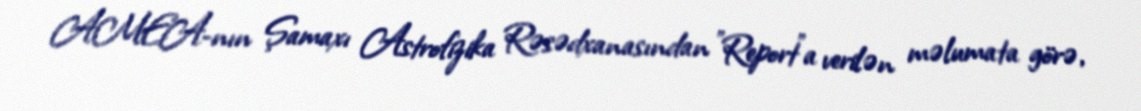
AMEA-nın Şamaxı Astrofizika Rəsədxanasından "Report"a verilən məlumata görə,